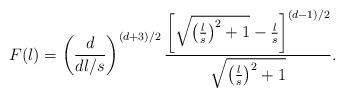
LaTeX: \begin{align*}F(l)=\left(d\over d l/s\right)^{(d+3)/2}{\left[\sqrt{\left(l\over s \right)^2+1}-{l\over s}\right]^{(d-1)/2}\over\sqrt{\left(l\over s \right)^2+1}}.\end{align*}